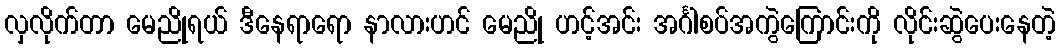
လှလိုက်တာ မေညိုရယ် ဒီနေရာရော နာလားဟင် မေညို ဟင့်အင်း အင်္ဂါစပ်အကွဲကြောင်းကို လိုင်းဆွဲပေးနေတဲ့